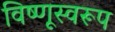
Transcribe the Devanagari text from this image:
विष्णूस्वरूप